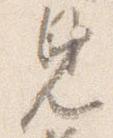
見